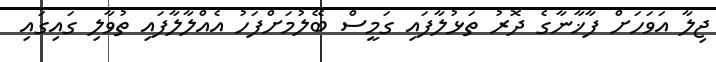
ޖިލާ އަވަހަށް ފާޚާނާގެ ދޮރު ތަޅުލާފައި ގަމީސް ބޭލުމަށްފަހު އެއްލާލާފައި ތުވާލި ގައިގައި